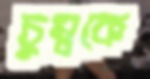
চুম্বকে